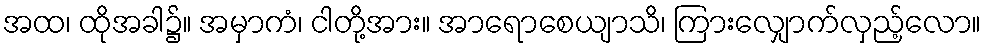
အထ၊ ထိုအခါ၌။ အမှာကံ၊ ငါတို့အား။ အာရောစေယျာသိ၊ ကြားလျှောက်လှည့်လော။